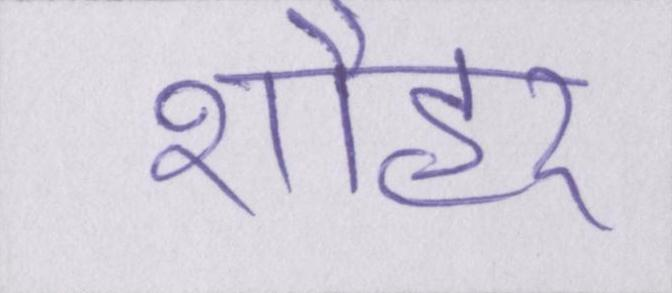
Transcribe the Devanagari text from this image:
शौहर